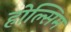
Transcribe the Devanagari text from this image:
होल्सिम